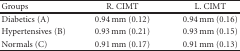
| Groups | R. CIMT | L. CIMT |
 | --- | --- | --- |
 | Diabetics (A) | 0.94 mm (0.12) | 0.94 mm (0.16) |
 | Hypertensives (B) | 0.93 mm (0.21) | 0.93 mm (0.15) |
 | Normals (C) | 0.91 mm (0.17) | 0.91 mm (0.13) |